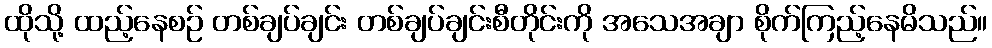
ထိုသို့ ထည့်နေစဉ် တစ်ချပ်ချင်း တစ်ချပ်ချင်းစီတိုင်းကို အသေအချာ စိုက်ကြည့်နေမိသည်။